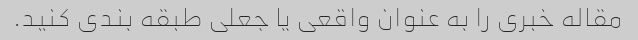
مقاله خبری را به عنوان واقعی یا جعلی طبقه بندی کنید.